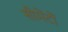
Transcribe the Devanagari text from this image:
सीमेंटों